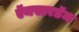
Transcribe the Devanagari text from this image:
ऍमस्टरडॅम